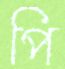
পি